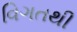
વિગતથી